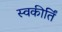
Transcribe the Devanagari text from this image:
स्वकीर्तिं